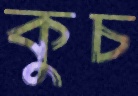
কুচ